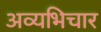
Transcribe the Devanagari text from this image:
अव्यभिचार